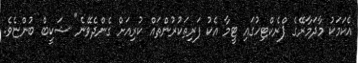
އެކަމަކު މާދަމާރޭގެ ޕްރެކްޓިހުގައި ޓީމާ އެކު ފަރިތަކުރުންތައް ކުރިއަށް ގެންދެވޭނެ" ޝަކީބް ބުންޏެވެ.